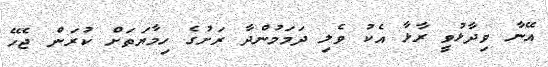
އޭނާ ވިދާޅުވީ ރާޅާ އެކު ވެލި ދަމަމުންދާ ރަށުގެ ހިމާޔަތަށް ކުރަން ޖެހޭ